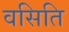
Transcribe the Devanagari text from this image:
वसिति